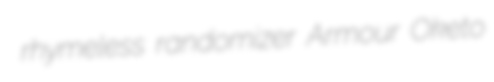
rhymeless randomizer Armour Oketo